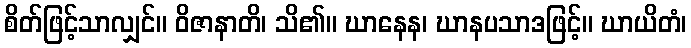
စိတ်ဖြင့်သာလျှင်။ ဝိဇာနာတိ၊ သိ၏။ ဃာနေန၊ ဃာနပသာဒဖြင့်။ ဃာယိတံ၊